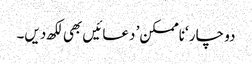
دو چار ‘ناممکن’ دعائیں بھی لکھ دیں۔